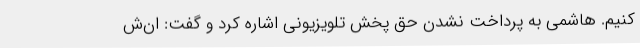
کنیم. هاشمی به پرداخت نشدن حق پخش تلویزیونی اشاره کرد و گفت: ان‌ش